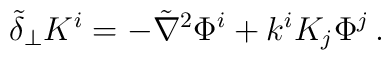
\tilde\delta_\perp K^i = -  \tilde{\nabla}^2 \Phi^i + k^i K_j \Phi^j \,.